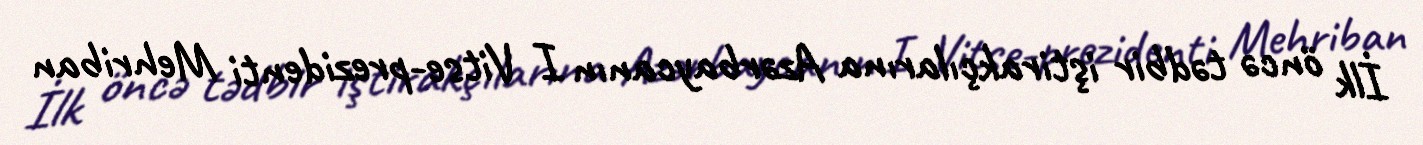
İlk öncə tədbir iştirakçılarına Azərbaycanın I Vitse-prezidenti Mehriban